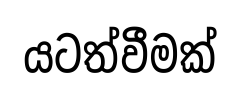
යටත්වීමක්